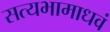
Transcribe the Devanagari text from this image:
सत्यभामाधवं